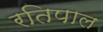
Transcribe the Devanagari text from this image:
रतिपाल